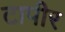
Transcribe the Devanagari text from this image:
टापीर